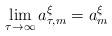
LaTeX: \begin{align*}\lim_{\tau \to \infty}a^\xi_{\tau,m} = a^\xi_m\end{align*}